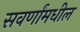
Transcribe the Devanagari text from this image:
सवर्णांमधील